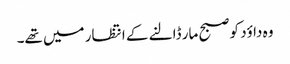
وہ داؤد کو صبح مار ڈالنے کے انتظار میں تھے۔